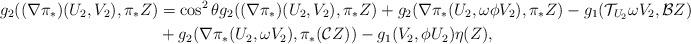
LaTeX: \begin{align*}g_{2}((\nabla\pi_*)(U_{2},V_{2}),\pi_*Z)&=\cos^{2}\theta g_{2}((\nabla\pi_*)(U_{2},V_{2}),\pi_*Z)+g_{2}(\nabla\pi_*(U_{2},\omega\phi V_{2}),\pi_*Z)-g_{1}(\mathcal{T}_{U_{2}}\omega V_{2},\mathcal{B}Z) \\&+g_{2}(\nabla\pi_*(U_{2},\omega V_{2}),\pi_*(\mathcal{C}Z))-g_{1}(V_{2},\phi U_{2})\eta(Z),\end{align*}